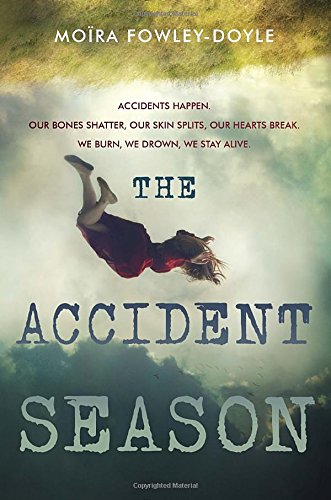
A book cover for The Accident Season; MoÃ¯ra Fowley-Doyle; Teen & Young Adult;